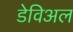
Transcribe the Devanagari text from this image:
डेविअल